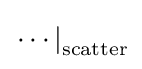
\left.\cdots \right|_{\mathrm {scatter} }